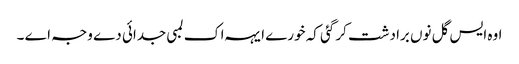
اوہ ایس گل نوں برادشت کر گئی کہ خورے ایہہ اک لمبی جدائی دے وجہ اے ۔